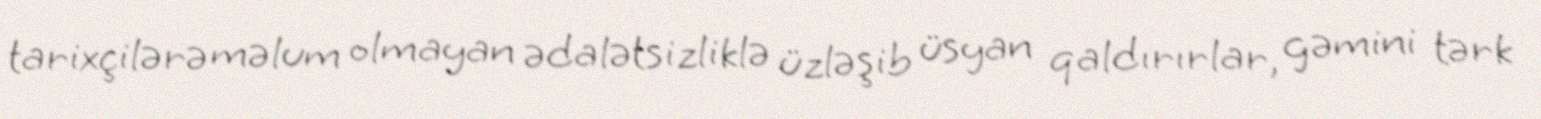
tarixçilərə məlum olmayan ədalətsizliklə üzləşib üsyan qaldırırlar, gəmini tərk